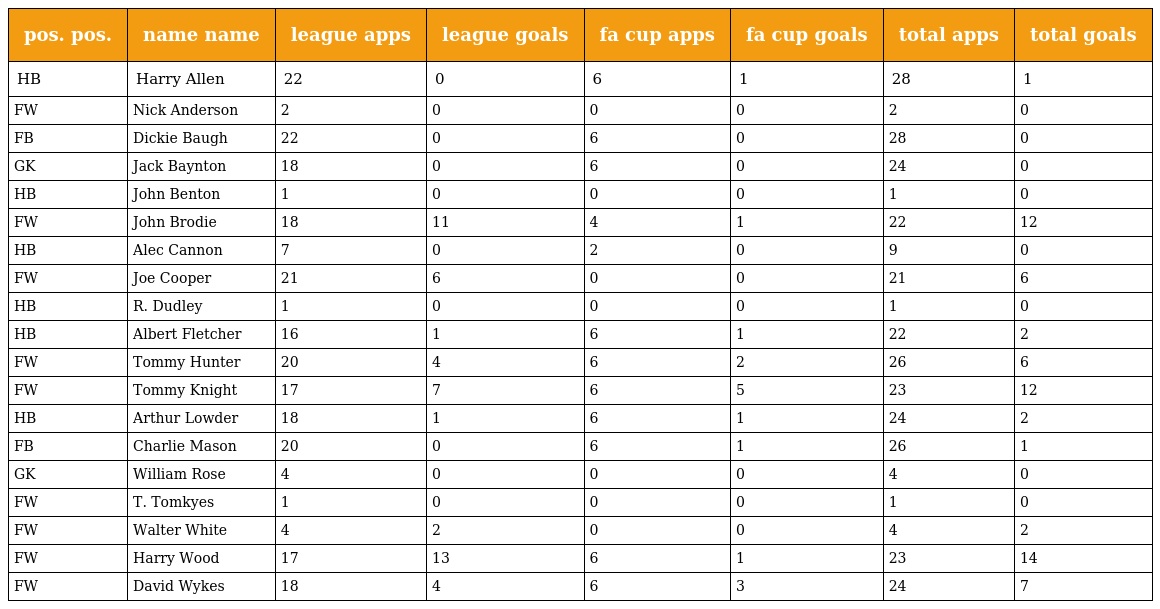
| pos. pos. | name name | league apps | league goals | fa cup apps | fa cup goals | total apps | total goals |
 | --- | --- | --- | --- | --- | --- | --- | --- |
 | HB | Harry Allen | 22 | 0 | 6 | 1 | 28 | 1 |
 | FW | Nick Anderson | 2 | 0 | 0 | 0 | 2 | 0 |
 | FB | Dickie Baugh | 22 | 0 | 6 | 0 | 28 | 0 |
 | GK | Jack Baynton | 18 | 0 | 6 | 0 | 24 | 0 |
 | HB | John Benton | 1 | 0 | 0 | 0 | 1 | 0 |
 | FW | John Brodie | 18 | 11 | 4 | 1 | 22 | 12 |
 | HB | Alec Cannon | 7 | 0 | 2 | 0 | 9 | 0 |
 | FW | Joe Cooper | 21 | 6 | 0 | 0 | 21 | 6 |
 | HB | R. Dudley | 1 | 0 | 0 | 0 | 1 | 0 |
 | HB | Albert Fletcher | 16 | 1 | 6 | 1 | 22 | 2 |
 | FW | Tommy Hunter | 20 | 4 | 6 | 2 | 26 | 6 |
 | FW | Tommy Knight | 17 | 7 | 6 | 5 | 23 | 12 |
 | HB | Arthur Lowder | 18 | 1 | 6 | 1 | 24 | 2 |
 | FB | Charlie Mason | 20 | 0 | 6 | 1 | 26 | 1 |
 | GK | William Rose | 4 | 0 | 0 | 0 | 4 | 0 |
 | FW | T. Tomkyes | 1 | 0 | 0 | 0 | 1 | 0 |
 | FW | Walter White | 4 | 2 | 0 | 0 | 4 | 2 |
 | FW | Harry Wood | 17 | 13 | 6 | 1 | 23 | 14 |
 | FW | David Wykes | 18 | 4 | 6 | 3 | 24 | 7 |